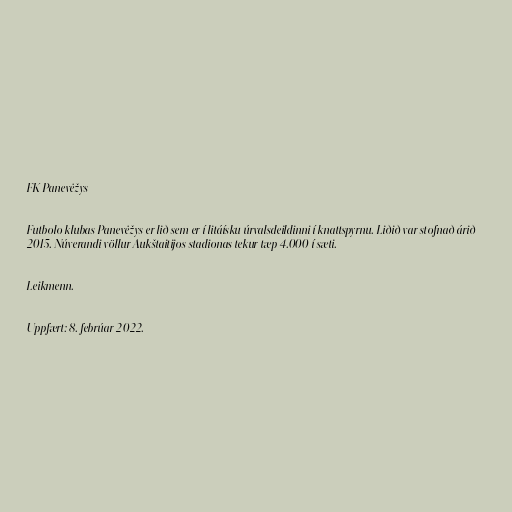
FK Panevėžys

Futbolo klubas Panevėžys er lið sem er í litáísku úrvalsdeildinni í knattspyrnu. Liðið var stofnað árið
2015. Núverandi völlur Aukštaitijos stadionas tekur tæp 4.000 í sæti.

Leikmenn.

Uppfært: 8. febrúar 2022.